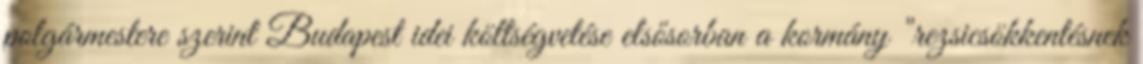
polgármestere szerint Budapest idei költségvetése elsősorban a kormány "rezsicsökkentésnek